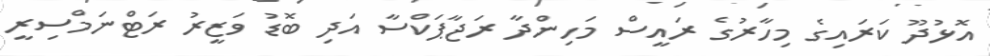
އޮޅުދޫ ކަރައިގެ މިހާރުގެ ރައީސް މަހިންދާ ރަޖާޕަކްސާ އަދި ބޮޑު ވަޒީރު ރަޓްނަމްސިރީ